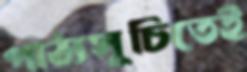
পাঠ্যসূচিতেই